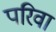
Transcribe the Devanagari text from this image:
परिवा